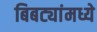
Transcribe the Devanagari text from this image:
बिबट्यांमध्ये